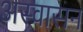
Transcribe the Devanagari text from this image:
अस्वासन